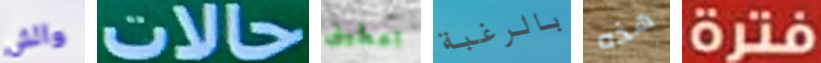
والش حالات اعطينى بالرغبة هذه فترة